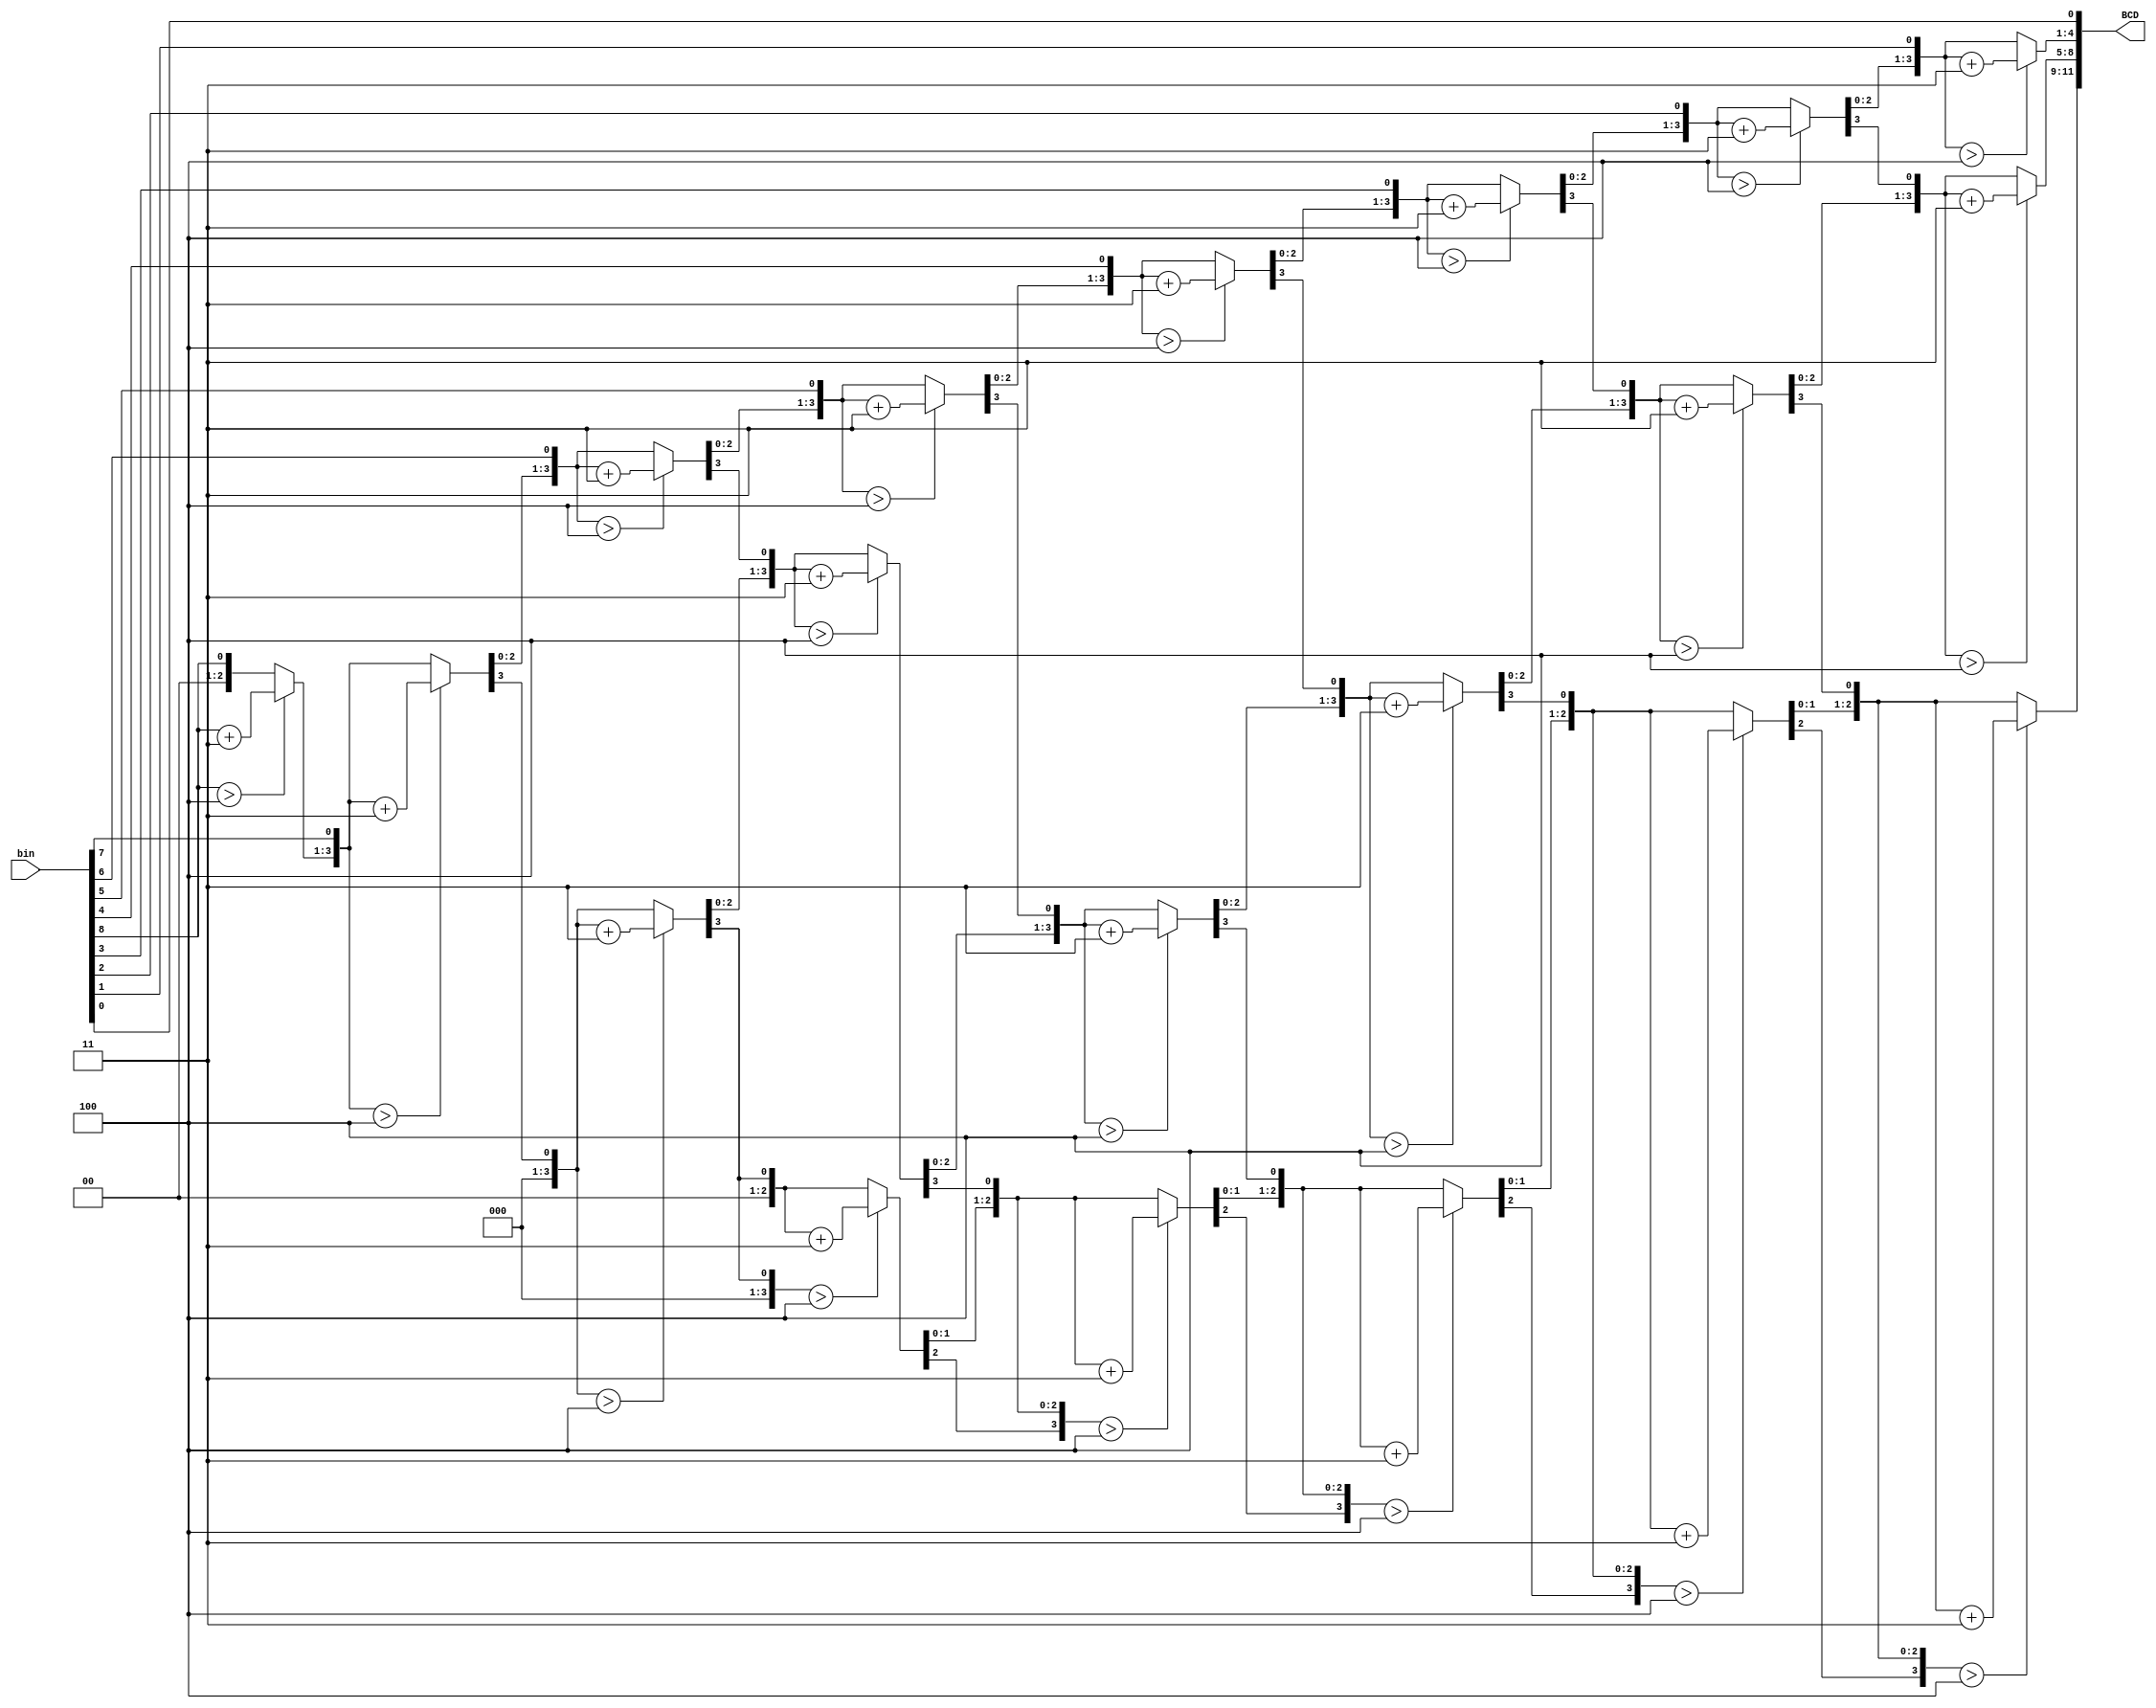
`timescale 1ns / 1ps
//////////////////////////////////////////////////////////////////////////////////
// Company: 
// Engineer: 
// 
// Design Name: 
// Module Name:    algoritmo 
// Project Name: 
// Target Devices: 
// Tool versions: 
// Description: 
//
// Dependencies: 
//
// Revision: 
// Revision 0.01 - File Created
// Additional Comments: 
//
//////////////////////////////////////////////////////////////////////////////////
module algoritmo(bin,BCD);
input [8:0] bin;
output reg [11:0] BCD;
reg [3:0] i;

always @(bin)
	
	begin
		BCD =12'b0;
			for (i=0;i<9;i=i+1'b1)
				
				begin
					BCD = {BCD[10:0],bin[8-i]};
					
					if(i<8 && BCD[3:0] > 4)
						BCD[3:0] = BCD[3:0] + 2'b11;
						
					if(i<8 && BCD[7:4] > 4)
						BCD[7:4] = BCD[7:4] + 2'b11;

					if(i<8 && BCD[11:8] > 4)
						BCD[11:8] = BCD[11:8] + 2'b11;										
				end
	end



endmodule